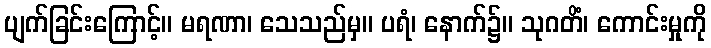
ပျက်ခြင်းကြောင့်။ မရဏာ၊ သေသည်မှ။ ပရံ၊ နောက်၌။ သုဂတိံ၊ ကောင်းမှုကို